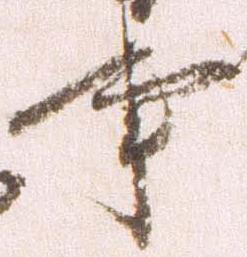
事